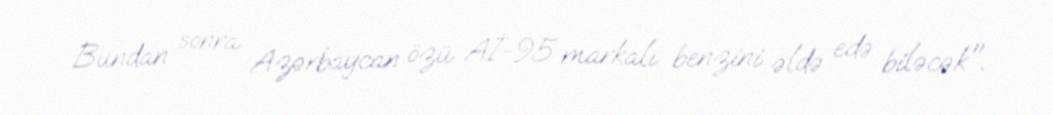
Bundan sonra Azərbaycan özü Aİ-95 markalı benzini əldə edə biləcək".